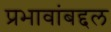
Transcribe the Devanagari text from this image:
प्रभावांबद्दल